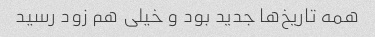
همه تاریخ‌ها جدید بود و خیلی هم زود رسید